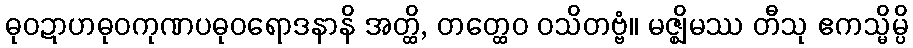
ဓုဝဍာဟဓုဝကုဏပဓုဝရောဒနာနိ အတ္ထိ, တတ္ထေဝ ဝသိတဗ္ဗံ။ မဇ္ဈိမဿ တီသု ဧကသ္မိမ္ပိ